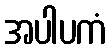
အပါပကံ